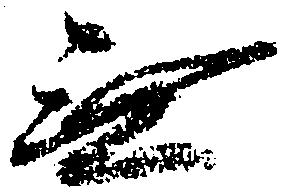
無